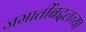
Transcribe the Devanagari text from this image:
जमातींबद्दलच्या